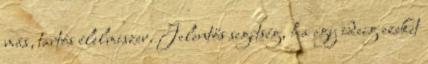
más, tartós élelmiszer. Jelentős segítség, ha egy ideig ezeket